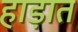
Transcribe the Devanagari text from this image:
हाड़ात